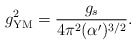
\begin{align*}g_{\rm YM}^2=\frac{g_s}{4\pi^2(\alpha')^{3/2}}.\end{align*}